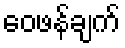
ဝေဖန်ချက်